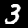
Label: 3